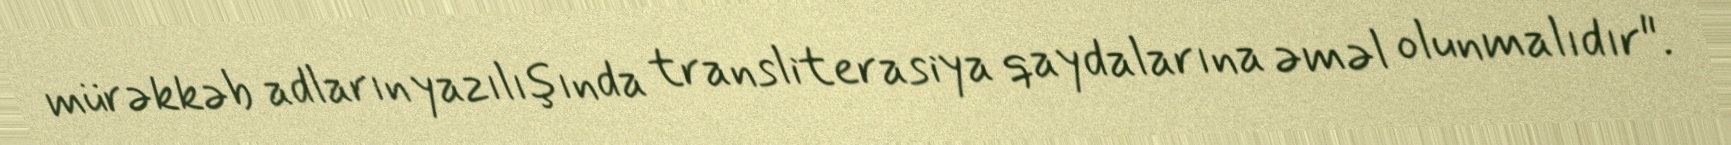
mürəkkəb adların yazılışında transliterasiya qaydalarına əməl olunmalıdır".